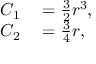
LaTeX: \begin{array} { r l } { C _ { 1 } } & { { } = { \frac { 3 } { 2 } } r ^ { 3 } , } \\ { C _ { 2 } } & { { } = { \frac { 3 } { 4 } } r , } \end{array}